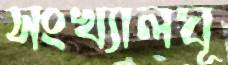
সংখ্যালঘূ